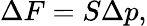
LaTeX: \Delta F=S\Delta p,